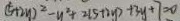
( 5 + 2 y ) ^ { 2 } - y ^ { 2 } + 2 ( 5 + 2 y ) + 3 y + 7 = 0